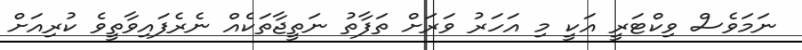
ނަމަވެސް ވިކްޓަރީ އަކީ މި އަހަރު ވަރަށް ތަފާތު ނަތީޖާތަކެއް ނެރެފައިވާތީވެ ކުރިއަށް